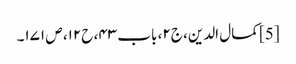
[5] کمال الدین، ج۲، باب ۴۳، ح۱۲، ص ۱۷۱۔